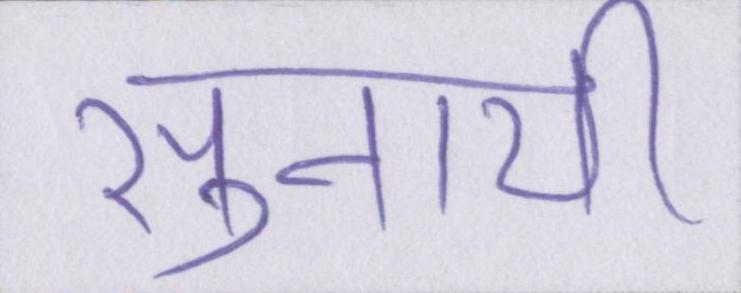
सुनायी